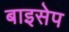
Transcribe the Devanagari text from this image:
बाइसेप